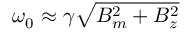
\omega _ { 0 } \approx \gamma \sqrt { B _ { m } ^ { 2 } + B _ { z } ^ { 2 } }